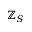
\mathbb { Z } _ { S }